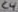
Text: C4